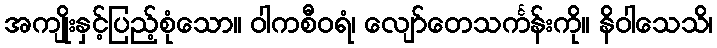
အကျိုးနှင့်ပြည့်စုံသော။ ဝါကစီဝရံ၊ လျော်တေသင်္ကန်းကို။ နိဝါသေသိ၊